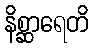
နိစ္ဆာရေတိ